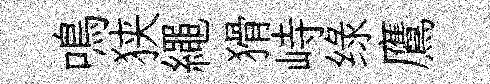
鳴狭繩猾峙绿鷹